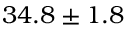
3 4 . 8 \pm 1 . 8